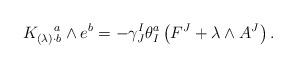
LaTeX: \begin{align*}K_{(\lambda)\cdot b}^{\;\;\;\;\;a}\wedge e^b =-\gamma^I_J\theta^a_I\left(F^J+\lambda\wedge A^J\right).\end{align*}